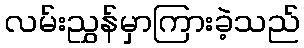
လမ်းညွှန်မှာကြားခဲ့သည်